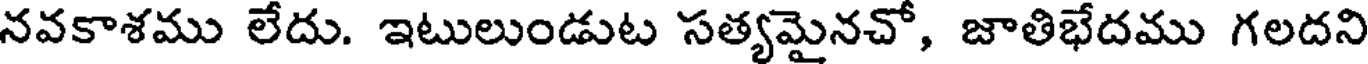
నవకాశము లేదు. ఇటులుండుట సత్యమైనచో, జాతిభేదము గలదని